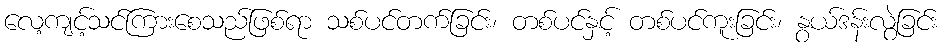
လေ့ကျင့်သင်ကြားစေသည်ဖြစ်ရာ သစ်ပင်တက်ခြင်း၊ တစ်ပင်နှင့် တစ်ပင်ကူးခြင်း၊ နွယ်ဒန်းလွဲခြင်း